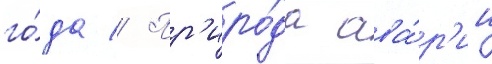
го́да // Пр'иро́да ава́р'ии